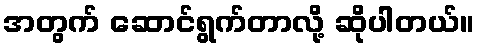
အတွက် ဆောင်ရွက်တာလို့ ဆိုပါတယ်။